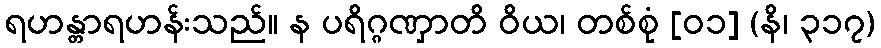
ရဟန္တာရဟန်းသည်။ န ပရိဂ္ဂဏှာတိ ဝိယ၊ တစ်စုံ [၀၁] (နိ၊ ၃၁၇)